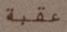
عقبة